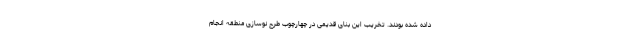
داده شده بودند. تخریب این بنای قدیمی در چهارچوب طرح نوسازی منطقه انجام